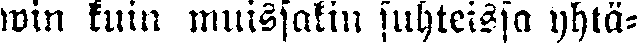
win kuin muissakin suhteissa yhtä-